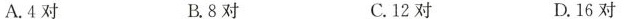
A.4对 B.8对 C.12对 D.16对